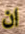
ان